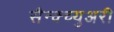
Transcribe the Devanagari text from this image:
सैन्क्च्युअरी